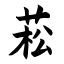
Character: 菘